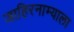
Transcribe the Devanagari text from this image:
जाहिरनाम्याला